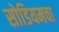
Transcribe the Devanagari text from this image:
सोडियमचा